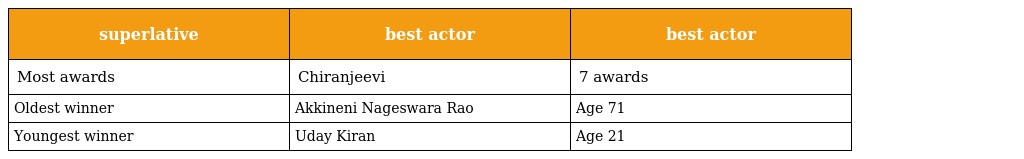
| superlative | best actor | best actor |
 | --- | --- | --- |
 | Most awards | Chiranjeevi | 7 awards |
 | Oldest winner | Akkineni Nageswara Rao | Age 71 |
 | Youngest winner | Uday Kiran | Age 21 |